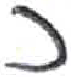
אות: כ